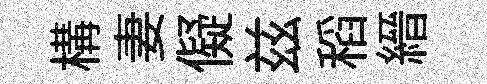
構妻儗兹稻縉